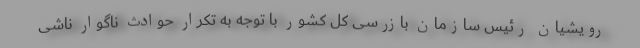
رویشیان رئیس سازمان بازرسی کل کشور با توجه به تکرار حوادث ناگوار ناشی